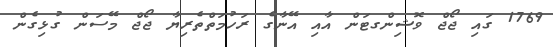
1769 ގައި ޖޯޖް ވޮޝިންގޓަން އާއި އޭނާގެ ރަހުމަތްތެރިޔާ ޖޯޖް މޭސަން ގުޅިގެން